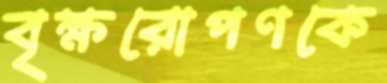
বৃক্ষরোপণকে